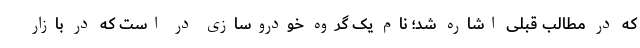
که در مطالب قبلی اشاره شد؛ نام یک گروه خودروسازی در است که در بازار